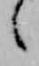
々